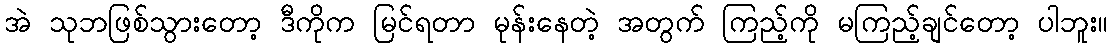
အဲ သုဘဖြစ်သွားတော့ ဒီကိုက မြင်ရတာ မုန်းနေတဲ့ အတွက် ကြည့်ကို မကြည့်ချင်တော့ ပါဘူး။